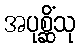
အပုစ္ဆိံသု